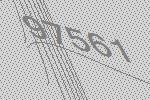
97561